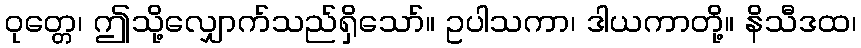
ဝုတ္တေ၊ ဤသို့လျှောက်သည်ရှိသော်။ ဥပါသကာ၊ ဒါယကာတို့။ နိသီဒထ၊